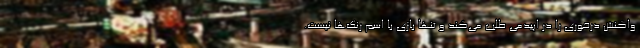
واکنش درخوری را در اپیدمی طلب می‌کند و تنها بازی با اسم رنگ‌ها نیست.